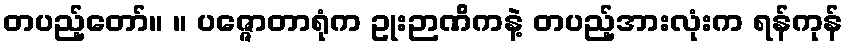
တပည့်တော်။ ။ ပဇ္ဇောတာရုံက ဥုးဉာဏိကနဲ့ တပည့်အားလုံးက ရန်ကုန်